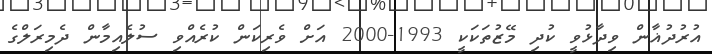
އުރުދުޣާން ވިދާޅުވީ ކުދި މޭޒުތަކަކީ 1993-2000 އަށް ވެރިކަން ކުރެއްވި ސުލެއިމާން ދެމިރަލްގެ